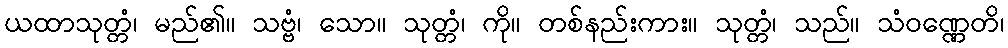
ယထာသုတ္တံ၊ မည်၏။ သဗ္ဗံ၊ သော။ သုတ္တံ၊ ကို။ တစ်နည်းကား။ သုတ္တံ၊ သည်။ သံဝဏ္ဏေတိ၊